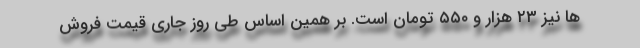
ها نیز ۲۳ هزار و ۵۵۰ تومان است. بر همین‌ اساس طی روز جاری قیمت فروش